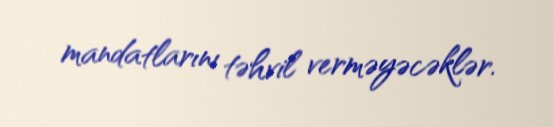
mandatlarını təhvil verməyəcəklər.